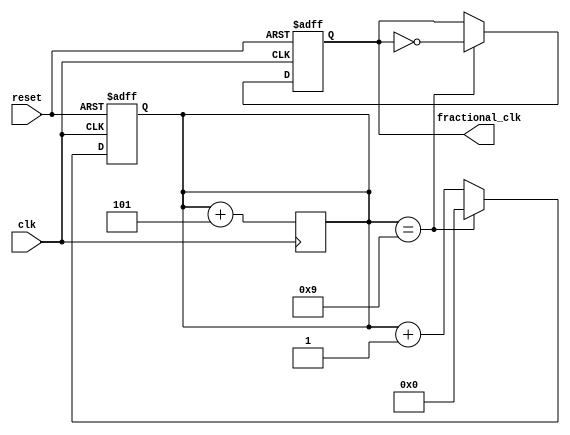
module fractional_clock_divider (
    input clk,
    input reset,
    output reg fractional_clk
);

reg [15:0] counter;
reg [15:0] divisor = 10; // Set desired number of fractional clock cycles
reg [15:0] feedback_delay = 5; // Feedback delay for synchronization

always @ (posedge clk or posedge reset) begin
    if (reset) begin
        counter <= 0;
        fractional_clk <= 0;
    end else begin
        if (counter == divisor-1) begin
            counter <= 0;
            fractional_clk <= ~fractional_clk;
        end else begin
            counter <= counter + 1;
        end
    end
end

always @ (posedge clk) begin
    counter <= counter + feedback_delay;
end

endmodule